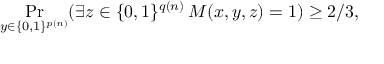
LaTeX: \Pr _ { y \in \{ 0 , 1 \} ^ { p ( n ) } } ( \exists z \in \{ 0 , 1 \} ^ { q ( n ) } \, M ( x , y , z ) = 1 ) \geq 2 / 3 ,